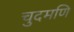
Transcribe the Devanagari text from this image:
चुदमणि